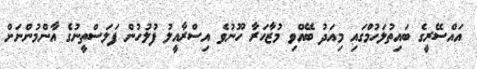
އައްސޭރީގެ ބައިތުލަހުމްގައި މިއަދު ބޭއްވި މުޒާހަރާ ހޫނުވެ އިސްރާއީލު ފުލުހުން ފަލަސްތީނުގެ އާންމުންނަށް